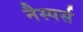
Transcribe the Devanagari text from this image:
नैस्पर्स